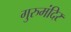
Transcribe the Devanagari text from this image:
गुरुमंदिर